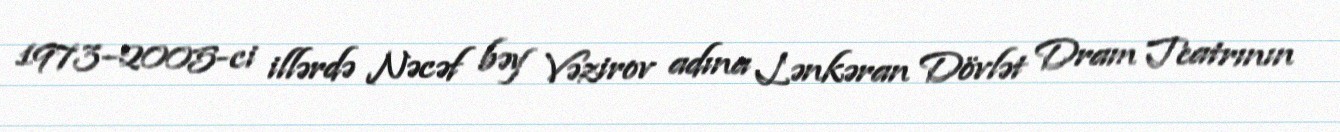
1973–2005-ci illərdə Nəcəf bəy Vəzirov adına Lənkəran Dövlət Dram Teatrının